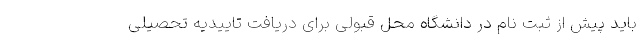
باید پیش از ثبت نام در دانشگاه محل قبولی برای دریافت تاییدیه تحصیلی